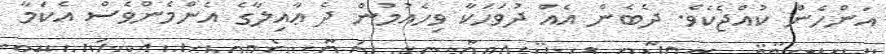
އަންހެން ކުއްޖެކެވެ. ދެބެން އެއް ދުވަހަކާ ވިހެއުމުން ދެ ޢާއިލާގެ އެންމެންވެސް އެކަމާ